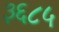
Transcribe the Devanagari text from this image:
३६८५